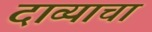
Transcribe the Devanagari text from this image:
दाव्याचा